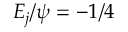
{ \cal E } _ { j } / \psi = - 1 / 4